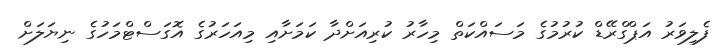
ފެލިވަރު އަޕްގްރޭޑް ކުރުމުގެ މަސައްކަތް މިހާރު ކުރިއަށްދާ ކަމަށާއި މިއަހަރުގެ އޮގަސްޓްމަހުގެ ނިޔަލަށް